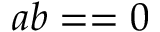
a b = = 0